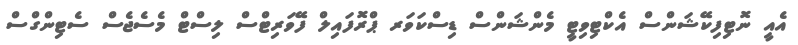
އެއީ ނޮޓިފިކޭޝަންސް އެކްޓިވިޓީ މެންޝަންސް ޑިސްކަވަރ ޕްރޮފައިލް ފޭވަރިޓްސް ލިސްޓް މެސެޖެސް ސެޓިންގްސް